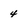
Character: 4